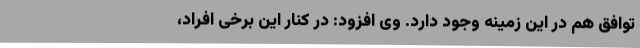
توافق هم در این زمینه وجود دارد. وی افزود: در کنار این برخی افراد،